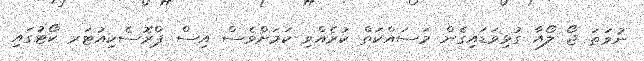
ނުވަތަ ޖޯ ލޯއާ ގުޅިވަޑައިގެން މަސައްކަތް ކުރެއްވި ކަމަށްވެސް އިސް ޕްރޮސެކިއުޓަރ ކޯޓުގައި